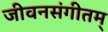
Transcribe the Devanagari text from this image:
जीवनसंगीतम्